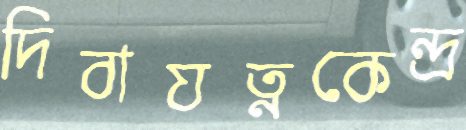
দিবাযত্নকেন্দ্র